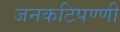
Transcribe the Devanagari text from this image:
जनकटिपण्णी